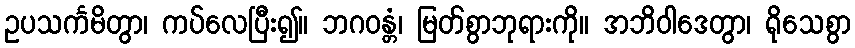
ဥပသင်္ကမိတွာ၊ ကပ်လေပြီး၍။ ဘဂဝန္တံ၊ မြတ်စွာဘုရားကို။ အဘိဝါဒေတွာ၊ ရိုသေစွာ